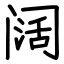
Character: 阔